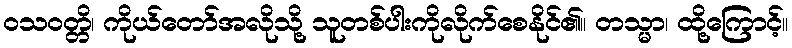
ဝသဝတ္တိ၊ ကိုယ်တော်အလိုသို့ သူတစ်ပါးကိုလိုက်စေနိုင်၏။ တသ္မာ၊ ထို့ကြောင့်။